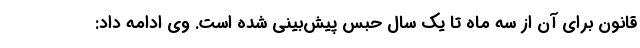
قانون برای آن از سه ماه تا یک سال حبس پیش‌بینی شده است. وی ادامه داد: